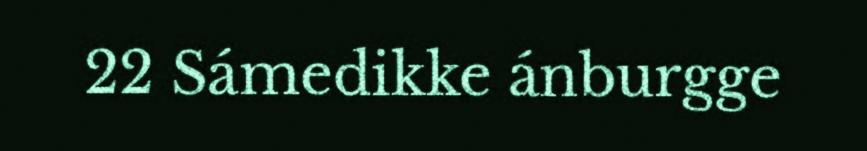
22 Sámedikke ánburgge